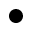
\bullet